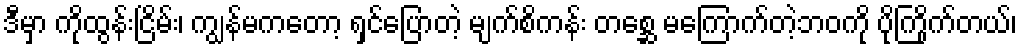
ဒီမှာ ကိုထွန်းငြိမ်း၊ ကျွန်မကတော့ ရှင်ပြောတဲ့ မျက်စိကန်း တစ္ဆေ မကြောက်တဲ့ဘဝကို ပိုကြိုက်တယ်၊